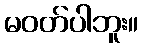
မဝတ်ပါဘူး။